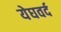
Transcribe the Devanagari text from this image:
येघवर्द